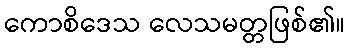
ကောစိဒေသ လေသမတ္တဖြစ်၏။